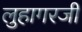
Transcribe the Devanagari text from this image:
लुहागरजी